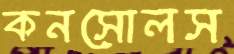
কনসোলস